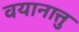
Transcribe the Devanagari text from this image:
वयानात्तु